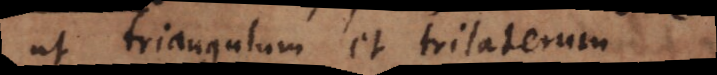
ut triangulum et trilaterum.